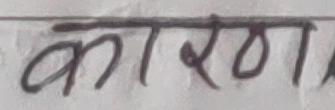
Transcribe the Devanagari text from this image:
कारण